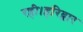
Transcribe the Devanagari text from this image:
रही।हरिद्वार